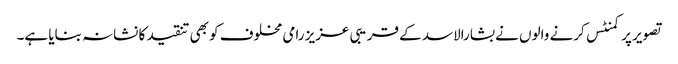
تصویر پر کمنٹس کرنے والوں نے بشارالاسد کے قریبی عزیز رامی مخلوف کو بھی تنقید کا نشانہ بنایا ہے۔